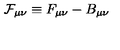
{ \cal { F } } _ { \mu \nu } \equiv F _ { \mu \nu } - B _ { \mu \nu }